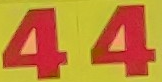
44